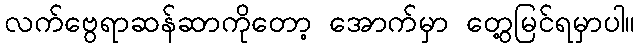
လက်ဗွေရာဆန်ဆာကိုတော့ အောက်မှာ တွေ့မြင်ရမှာပါ။